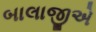
બાલાજીએ